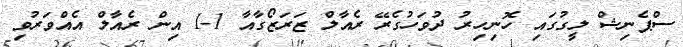
ސްޕެނިޝް ލީގުގައި ހޮނިހިރު ދުވަހުގެރޭ ރެއާލް ޒަރަޒޯގާއާ 1-1 އިން ރެއާލް އެއްވަރުވި